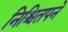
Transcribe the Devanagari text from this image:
निश्चितपने